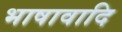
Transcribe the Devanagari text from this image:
भाषावादि